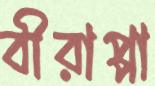
বীরাপ্পা